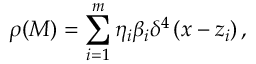
\rho ( M ) = \sum _ { i = 1 } ^ { m } \eta _ { i } \beta _ { i } \delta ^ { 4 } \left( x - z _ { i } \right) ,